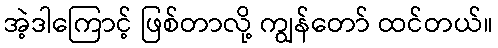
အဲ့ဒါကြောင့် ဖြစ်တာလို့ ကျွန်တော် ထင်တယ်။